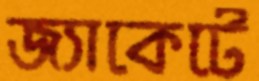
জ্যাকেটে